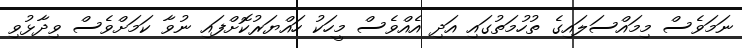
ނަމަވެސް މިމައްސަލައިގެ ތުހުމަތުގައި އަދި އެއްވެސް މީހަކު ހައްޔަރުކޮށްފައި ނުވާ ކަމަށްވެސް ވިދާޅުވި